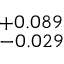
^ { + 0 . 0 8 9 } _ { - 0 . 0 2 9 }